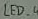
Text: LED_4